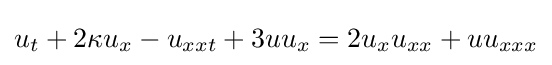
u_{t}+2\kappa u_{x}-u_{xxt}+3uu_{x}=2u_{x}u_{xx}+uu_{xxx}